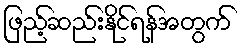
ဖြည့်ဆည်းနိုင်ရန်အတွက်